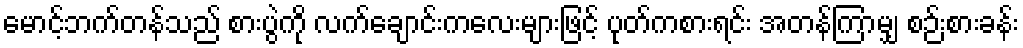
မောင့်ဘက်တန်သည် စားပွဲကို လက်ချောင်းကလေးများဖြင့် ပုတ်ကစားရင်း အတန်ကြာမျှ စဉ်းစားခန်း